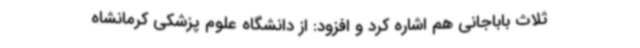
ثلاث باباجانی هم اشاره کرد و افزود: از دانشگاه علوم پزشکی کرمانشاه